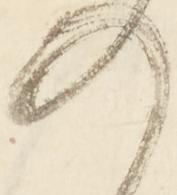
の